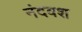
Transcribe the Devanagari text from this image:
नंदवश